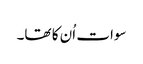
سوات اُن کا تھا۔